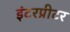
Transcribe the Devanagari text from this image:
इंटरप्रीटर